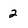
Character: 2